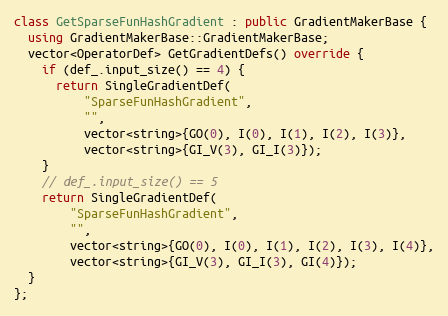
Language: C++
class GetSparseFunHashGradient : public GradientMakerBase {
  using GradientMakerBase::GradientMakerBase;
  vector<OperatorDef> GetGradientDefs() override {
    if (def_.input_size() == 4) {
      return SingleGradientDef(
          "SparseFunHashGradient",
          "",
          vector<string>{GO(0), I(0), I(1), I(2), I(3)},
          vector<string>{GI_V(3), GI_I(3)});
    }
    // def_.input_size() == 5
    return SingleGradientDef(
        "SparseFunHashGradient",
        "",
        vector<string>{GO(0), I(0), I(1), I(2), I(3), I(4)},
        vector<string>{GI_V(3), GI_I(3), GI(4)});
  }
};